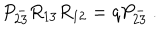
P _ { 2 3 } ^ { - } R _ { 1 3 } R _ { 1 2 } = q P _ { 2 3 } ^ { - } ~ .